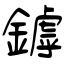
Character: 鏬